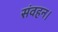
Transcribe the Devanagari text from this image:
संवहन।